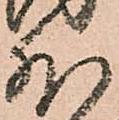
外